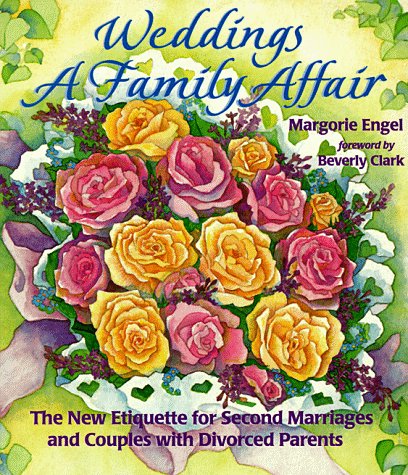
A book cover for Weddings: A Family Affair: The New Etiquette for Second Marriages and Couples with Divorced Parents; Margorie Engel; Crafts, Hobbies & Home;